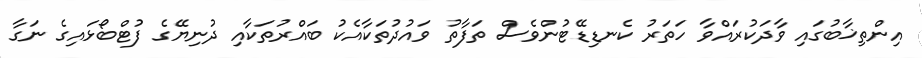
އިންތިޚާބުގައި ވާދަކުރައްވާ ހަތަރު ކެނޑިޑޭޓުންވެސް ތަފާތު ވައުދުތަކާއެކު ބައްރުތަކާއި ދުނިޔޭގެ ފުޓްބޯޅައިގެ ނަގާ